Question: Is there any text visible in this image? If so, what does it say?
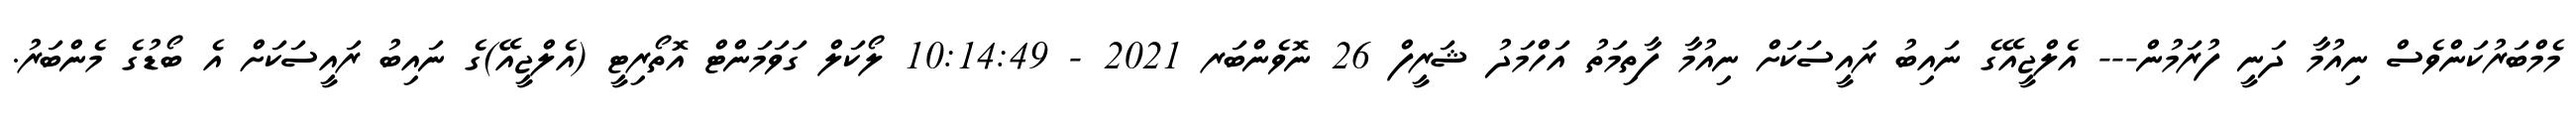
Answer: މެމްބަރުކަންވެސް ނިއުމާ ދަނީ ފުރަމުން--- އެލްޖީއޭގެ ނައިބު ރައީސަކަށް ނިއުމާ ފާތިމަތު އަހްމަދު ޝަރީފް 26 ނޮވެންބަރ 2021 - 10:14:49 ލޯކަލް ގަވަމަންޓް އޮތޯރިޓީ (އެލްޖީއޭ)ގެ ނައިބު ރައީސަކަށް އެ ބޯޑުގެ މެންބަރު.